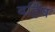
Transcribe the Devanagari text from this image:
बर्हिष